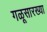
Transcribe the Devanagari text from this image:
गळूसारख्या